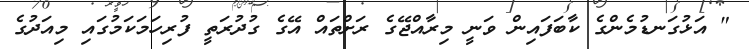
" އަޅުގަނޑުމެންގެ ކާބަފައިން ވަނީ މިރާއްޖޭގެ ރަށްތައް އޭގެ ގުދުރަތީ ފުރިހަމަކަމުގައި މިއަދުގެ